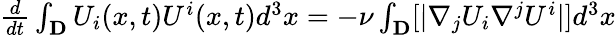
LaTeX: \begin{array}{r}{\frac{d}{dt}\int_{\mathbf{D}}{U}_{i}(x,t){U}^{i}(x,t)d^{3}x=-\nu\int_{\mathbf{D}}[|\nabla_{j}{U}_{i}\nabla^{j}{U}^{i}|]d^{3}x}\end{array}